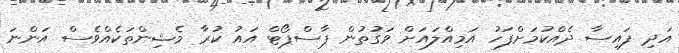
އަދި ފައިސާ ދެއްކުމަށްފަހު އަމިއްލައަށް ވަގުތުން ޕާސްޕޯޓް އައު ކުރާ މެޝިންތަކެއްވެސް އަންނަ